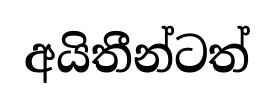
අයිතීන්ටත්